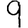
Digit: 9